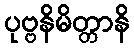
ပုဗ္ဗနိမိတ္တာနိ